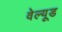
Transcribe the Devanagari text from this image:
वेल्यूड